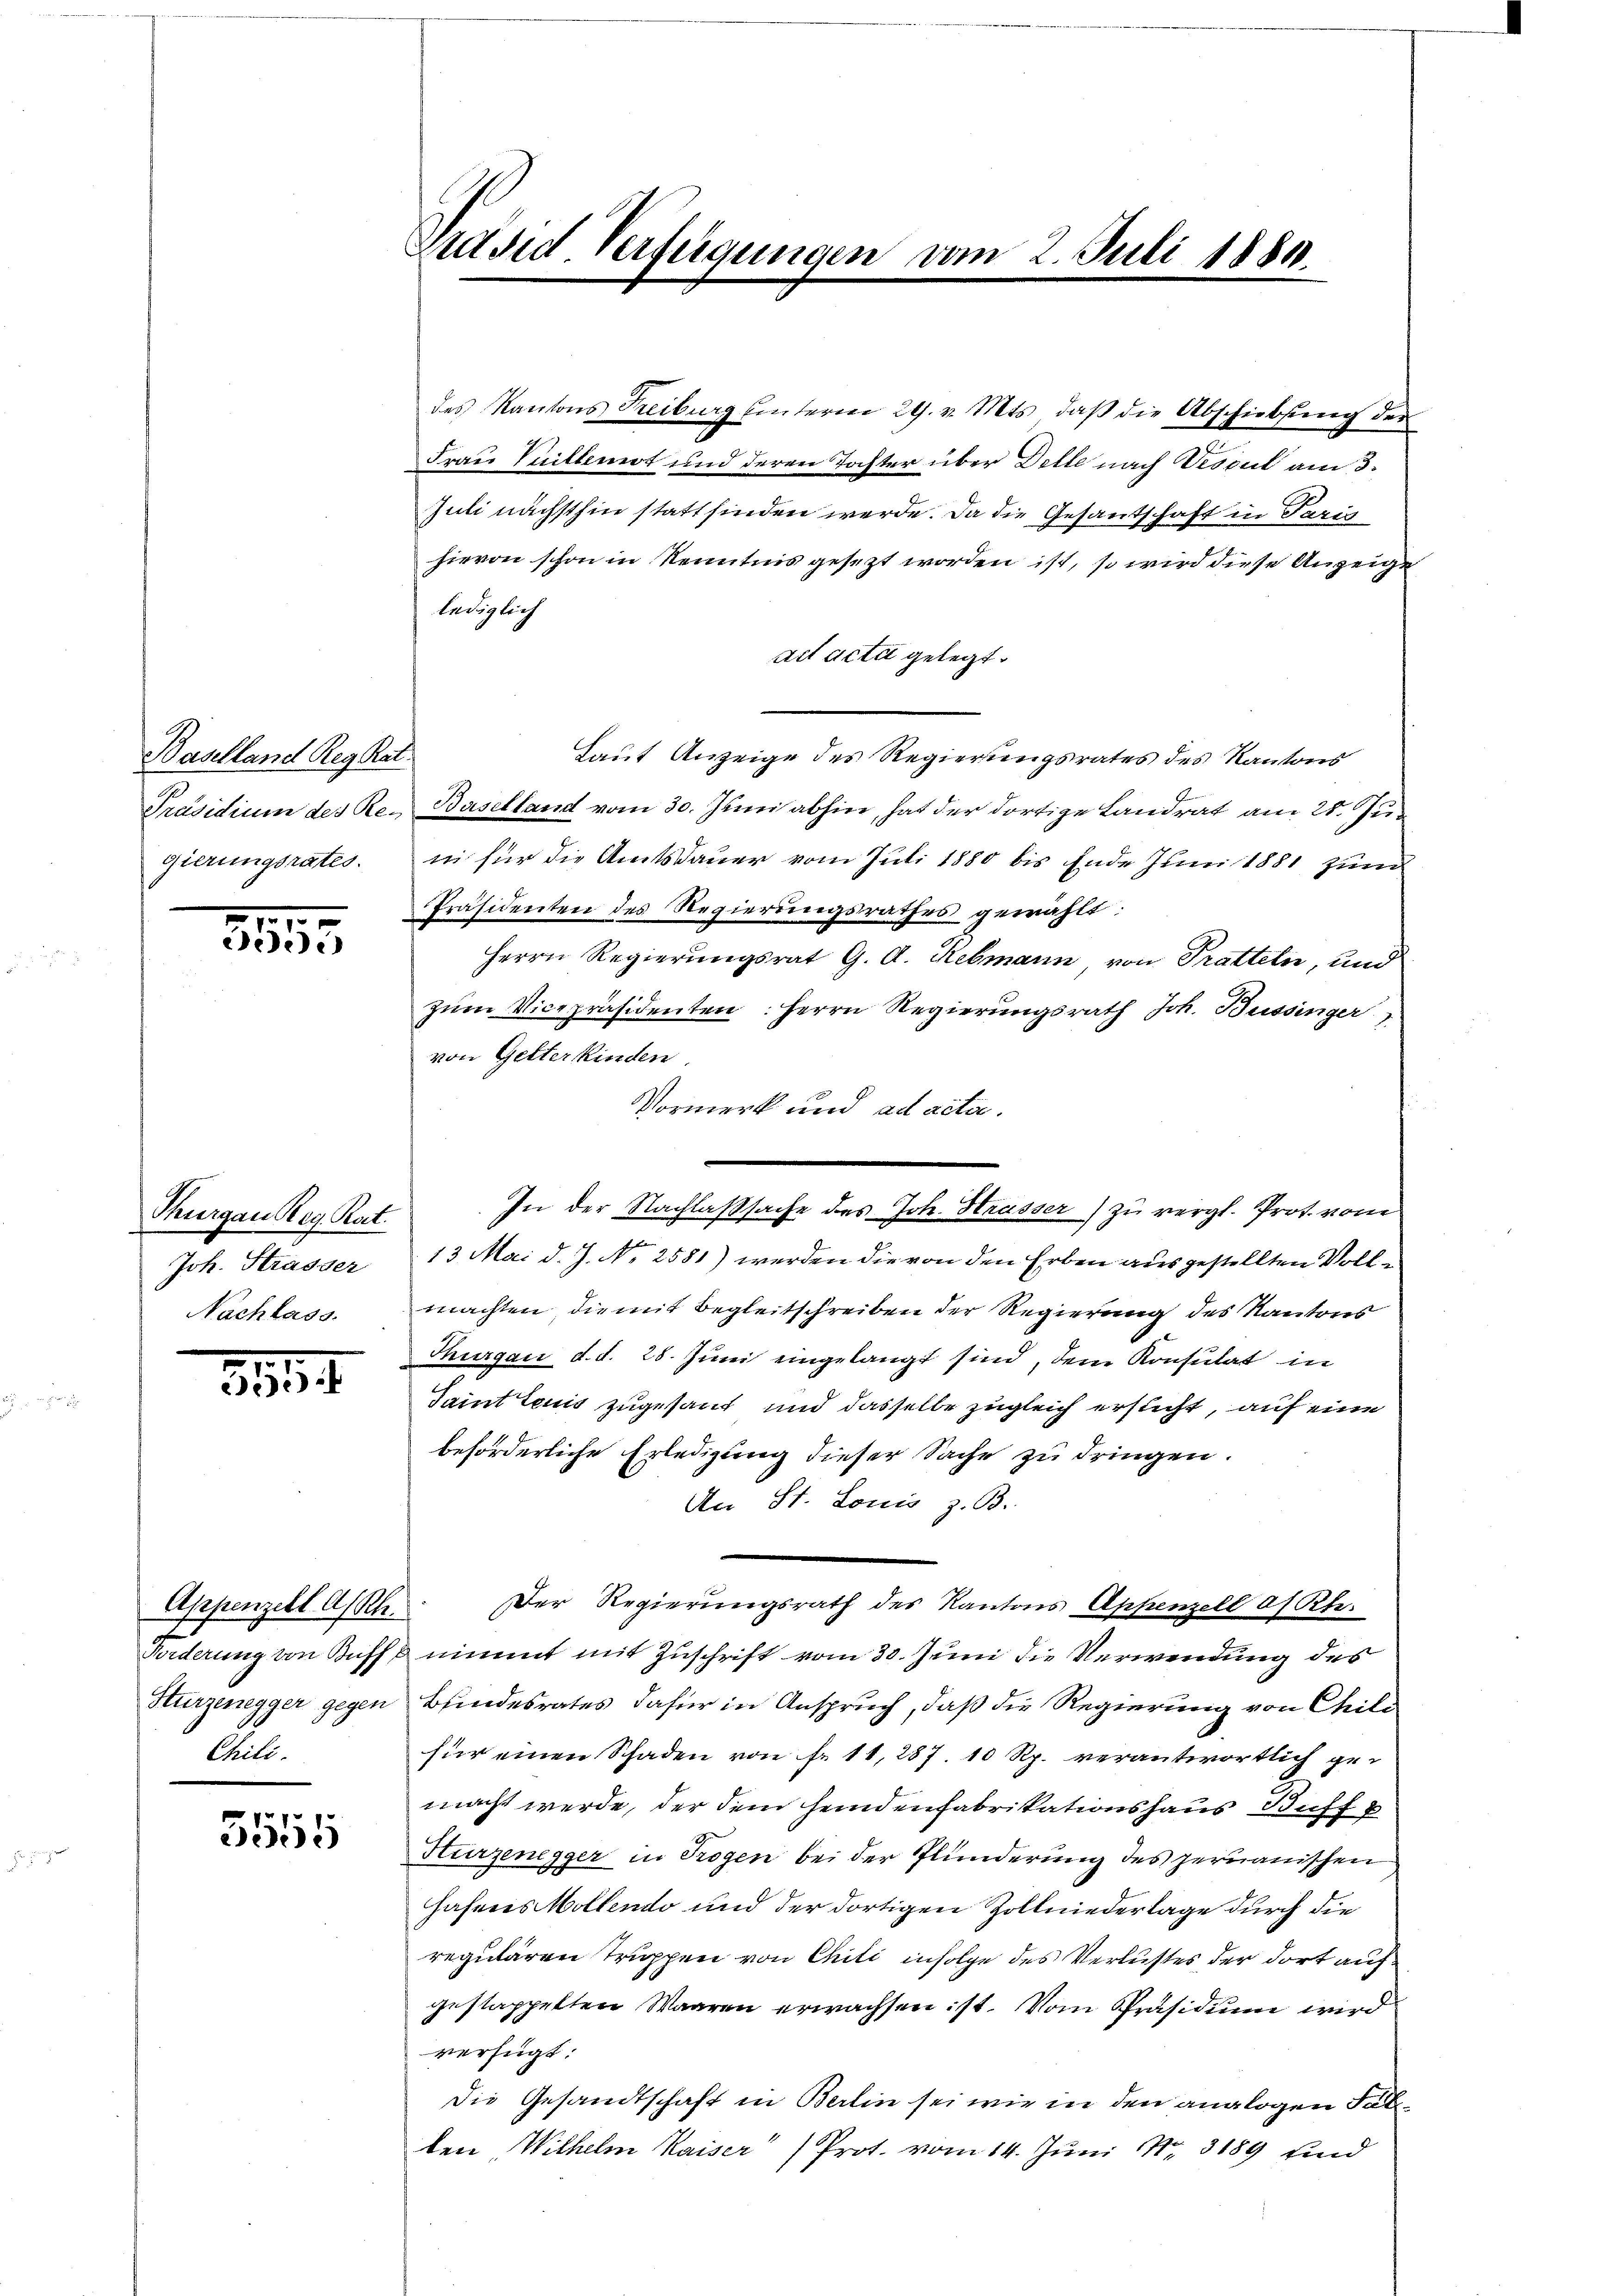
Baselland Reg. Rat
gierungsrates.

8

Thurgau Reg. Rat.
Joh. Strasser
Nachlass

834.

Appenzell A/Rh.
Chili.

f xx
2e)

Präsid. Verfügungen vom 2. Juli 1884.

des Kantons Freiburg unterm 29. v. Mts. daβ die Abschiebŭng der
Frau Vuiltemnot und deren Tochter über Dette nach Vescul am 3.
Juli nächsthin statt finden werde. Da die Gesantschaft in Paris
hievon schon in Kenntnis gesezt worden ist, so wird diese Anzeige
lediglich
act acta gelegt.
Laut Anzeige des Regierungsrates des Kantons
Präsidium des Re. Baselland vom 30. Juni abhin, hat der dortige Landrat am 21. Jun
in für die Amtsdauer vom Juli 1880 bis Ende Juni 1881 zum
Präsidenten des Regierungsrathes gewählt:
Herrn Regierungsrat G. d. Rebmann von Tratteln, und
zum Vicepräsidenten: Herrn Regierungsrath Joh. Büssinger
von Gelterkinden,
Vormerk und ad acta.
In der Nachlaßsache des Joh. Strasser) zu vergl. Prot. vom
13. Mai d. J. No 2581) werden die von den Erben ausgestellten Vollmachten, die mit Begleitschreiben der Regierung des Kantons
Thurgau d. d. 28. Juni eingelangt sind, dem Konsulat in
Saint tenis zugesant und dasselbe zugleich ersticht, auf eine
beforderliche Erledigung dieser Sache zu dringen.
An St. Lonis z. B.
Der Regierungsrath des Kantons Appenzell a. Rh.
Forderung von Bufft nimmt mit Zuschrift vom 30. Juni die Verwendung des
Sturzenegger gegen Bundesrates dafür in Anspruch, daß die Regierung von Chili
für einen Schaden von Fr. 11,287. 10 Rp. verantwortlich ge-
macht werde, der dem Heindenfabrikationshaus Buff u
Hurzenegger in Trogen bei der Plunderung des permanischen
hafens Wollendo und der dortigen Zollniederlage durch die
regulären Truppen von Chiti infolge des Verlustes der dort auf
gestappelten Waaren erwachsen ist. Vom Präsidium wird
verfügt:
Die Gesandtschaft in Berlin sei wie in den analogen Fallben, Wilhelm Kaiser" (Prot. vom 14. Juni N. 3189 und